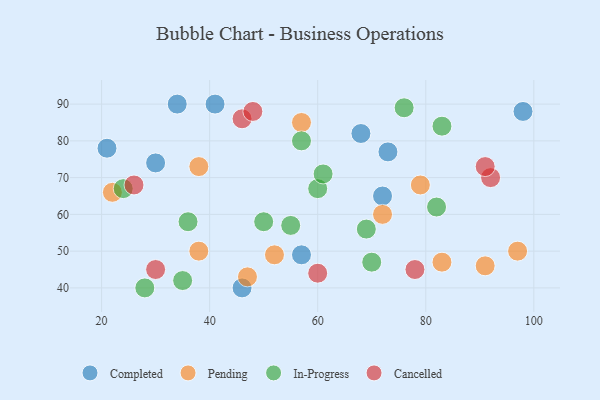
{"axis": {"x": "GDP", "y": "Life Expectancy"}, "legend": ["Cancelled", "Completed", "In-Progress", "Pending"], "data": [{"x": "21", "y": 78, "type": "Completed"}, {"x": "73", "y": 77, "type": "Completed"}, {"x": "30", "y": 74, "type": "Completed"}, {"x": "34", "y": 90, "type": "Completed"}, {"x": "98", "y": 88, "type": "Completed"}, {"x": "68", "y": 82, "type": "Completed"}, {"x": "46", "y": 40, "type": "Completed"}, {"x": "57", "y": 49, "type": "Completed"}, {"x": "41", "y": 90, "type": "Completed"}, {"x": "72", "y": 65, "type": "Completed"}, {"x": "57", "y": 85, "type": "Pending"}, {"x": "97", "y": 50, "type": "Pending"}, {"x": "79", "y": 68, "type": "Pending"}, {"x": "83", "y": 47, "type": "Pending"}, {"x": "52", "y": 49, "type": "Pending"}, {"x": "47", "y": 43, "type": "Pending"}, {"x": "91", "y": 46, "type": "Pending"}, {"x": "22", "y": 66, "type": "Pending"}, {"x": "38", "y": 50, "type": "Pending"}, {"x": "72", "y": 60, "type": "Pending"}, {"x": "38", "y": 73, "type": "Pending"}, {"x": "24", "y": 67, "type": "In-Progress"}, {"x": "60", "y": 67, "type": "In-Progress"}, {"x": "61", "y": 71, "type": "In-Progress"}, {"x": "76", "y": 89, "type": "In-Progress"}, {"x": "82", "y": 62, "type": "In-Progress"}, {"x": "57", "y": 80, "type": "In-Progress"}, {"x": "83", "y": 84, "type": "In-Progress"}, {"x": "50", "y": 58, "type": "In-Progress"}, {"x": "55", "y": 57, "type": "In-Progress"}, {"x": "35", "y": 42, "type": "In-Progress"}, {"x": "70", "y": 47, "type": "In-Progress"}, {"x": "36", "y": 58, "type": "In-Progress"}, {"x": "69", "y": 56, "type": "In-Progress"}, {"x": "28", "y": 40, "type": "In-Progress"}, {"x": "92", "y": 70, "type": "Cancelled"}, {"x": "46", "y": 86, "type": "Cancelled"}, {"x": "26", "y": 68, "type": "Cancelled"}, {"x": "78", "y": 45, "type": "Cancelled"}, {"x": "60", "y": 44, "type": "Cancelled"}, {"x": "48", "y": 88, "type": "Cancelled"}, {"x": "30", "y": 45, "type": "Cancelled"}, {"x": "91", "y": 73, "type": "Cancelled"}]}